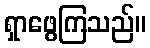
ရှာဖွေကြသည်။